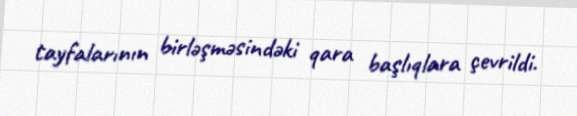
tayfalarının birləşməsindəki qara başlıqlara çevrildi.